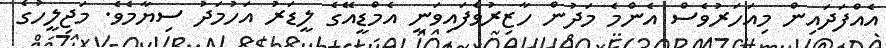
އެއްފަދައިން މިއަހަރުވެސް އެންމެ މަދުން ހާޒިރުވެފައިވަނީ އެމްޑީއޭގެ ލީޑަރު އަހުމަދު ސިޔާމެވެ. މަޖިލީހުގެ